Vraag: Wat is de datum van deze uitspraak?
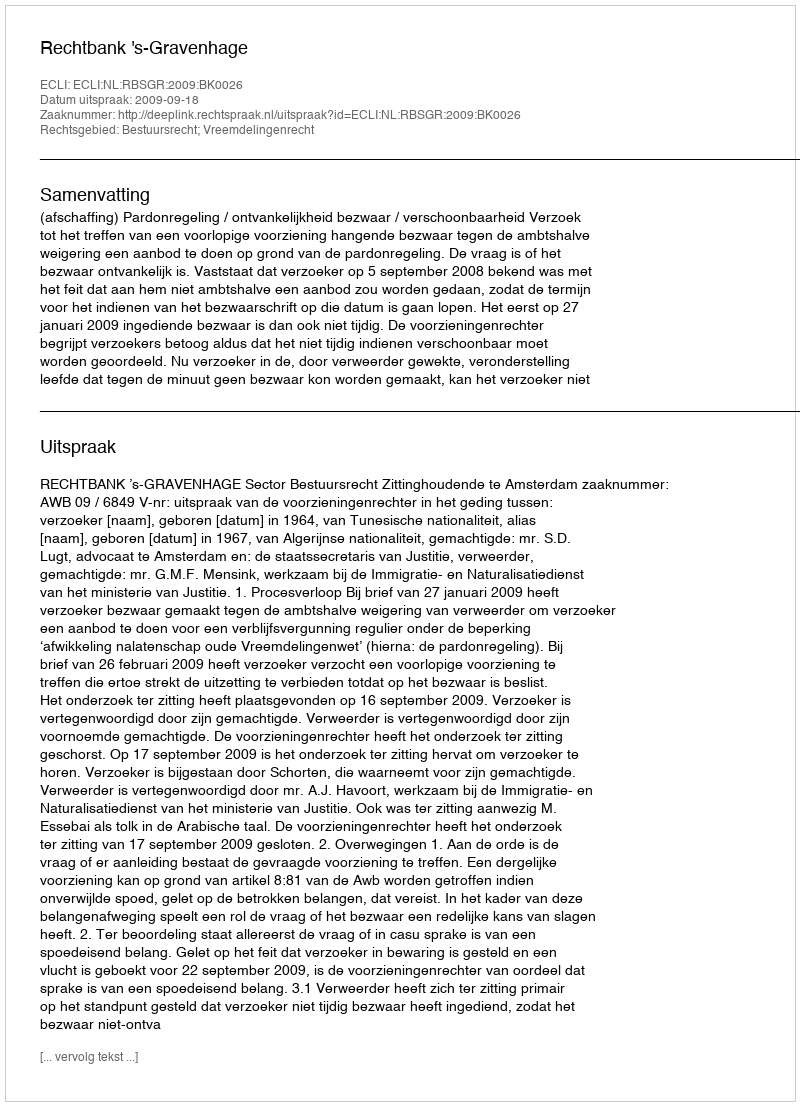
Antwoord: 2009-09-18